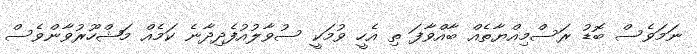
ނަމަވެސް ބޮޑު ރަސްމިއްޔާތެއް ބާއްވާފަ ތި އެހީ ވުމަކީ ސުވާލުއުފެދިދާނެ ކަމެއް މަޝްހޫރުވާންވެސް